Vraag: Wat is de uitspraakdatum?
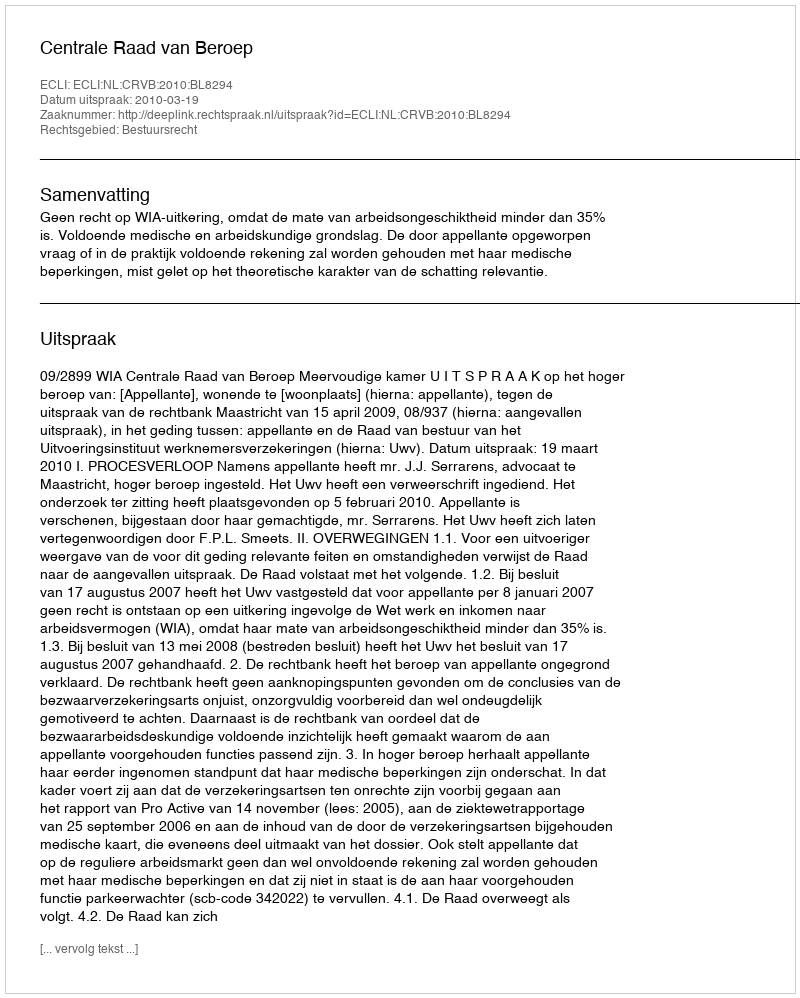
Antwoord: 2010-03-19